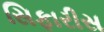
સિફારીસ